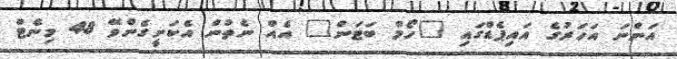
އަންނަ އަހަރުގެ އައިޕެޑްގައި "ހޯމް ބަޓަން" އެއް ނެތުން އެކަށީގެންވޭ 48 މިނެޓް